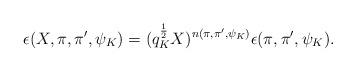
LaTeX: \begin{align*}\epsilon(X,\pi,\pi',\psi_K) = (q_K^{\frac{1}{2}}X)^{n(\pi,\pi',\psi_K)}\epsilon(\pi,\pi',\psi_K).\end{align*}